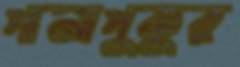
পানাপুকুর